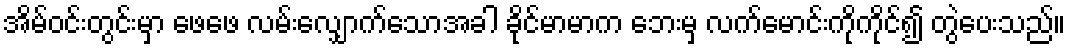
အိမ်ဝင်းတွင်းမှာ ဖေဖေ လမ်းလျှောက်သောအခါ ခိုင်မာမာက ဘေးမှ လက်မောင်းကိုကိုင်၍ တွဲပေးသည်။